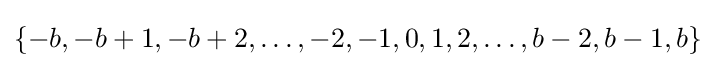
{\textstyle \{-b,-b+1,-b+2,\ldots ,-2,-1,0,1,2,\ldots ,b-2,b-1,b\}}